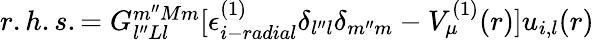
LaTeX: \begin{array}{r}{r.h.s.=G_{l^{\prime\prime}Ll}^{m^{\prime\prime}Mm}[\epsilon_{i-radial}^{(1)}\delta_{l^{\prime\prime}l}\delta_{m^{\prime\prime}m}-V_{\mu}^{(1)}(r)]u_{i,l}(r)}\end{array}